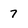
Character: 7